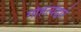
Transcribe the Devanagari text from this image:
गोहत्येद्वारे